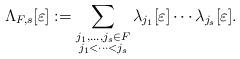
LaTeX: \begin{align*}\Lambda_{F,s}[\varepsilon] := \sum_{\substack{j_1,\dots,j_s \in F \\ j_1<\dots<j_s}} \lambda_{j_1}[\varepsilon] \cdots \lambda_{j_s}[\varepsilon].\end{align*}